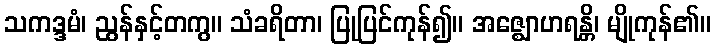
သကဒ္ဒမံ၊ ညွန်နှင့်တကွ။ သံခရိတာ၊ ပြုပြင်ကုန်၍။ အဇ္ဈောဟရန္တိ၊ မျိုကုန်၏။